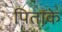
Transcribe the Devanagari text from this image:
पिताके